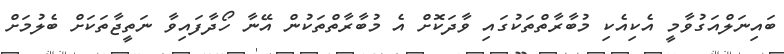
ބައިނަލްއަގުވާމީ އެކިއެކި މުބާރާތްތަކުގައި ވާދަކޮށް އެ މުބާރާތްތަކުން އޭނާ ހޯދާފައިވާ ނަތީޖާތަކަށް ބެލުމަށް